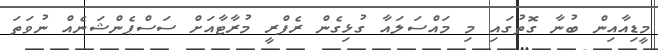
މީޑިއާއިން ބުނާ ގޮތުގައި މި މައްސަލައާ ގުޅިގެން ރެފްރީ މުރާޓާއަށް ސަސްޕެންޝަނެއް ނުވަތަ